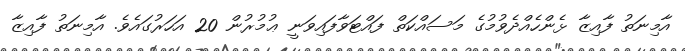
އާމިނަތު ފާއިޒާ ޅެންހެއްދެވުމުގެ މަސައްކަތް ފައްޓަވާފައިވަނީ ޢުމުރުން 20 އަހަރުގައެވެ. އާމިނަތު ފާއިޒާ